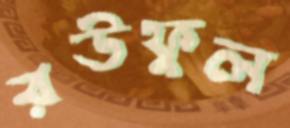
রউফুল